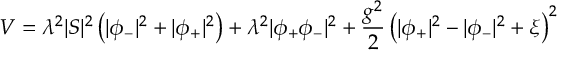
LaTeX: V = \lambda ^ { 2 } | S | ^ { 2 } \left( | \phi _ { - } | ^ { 2 } + | \phi _ { + } | ^ { 2 } \right) + \lambda ^ { 2 } | \phi _ { + } \phi _ { - } | ^ { 2 } + { \frac { g ^ { 2 } } { 2 } } \left( | \phi _ { + } | ^ { 2 } - | \phi _ { - } | ^ { 2 } + \xi \right) ^ { 2 }